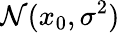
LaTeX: \mathcal{N}(x_{0},\sigma^{2})